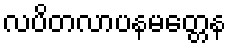
လပိတလာပနမတ္တေန